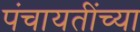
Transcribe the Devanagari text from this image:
पंचायतींच्या